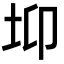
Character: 𡊁